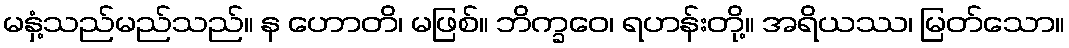
မနှံ့သည်မည်သည်။ န ဟောတိ၊ မဖြစ်။ ဘိက္ခဝေ၊ ရဟန်းတို့။ အရိယဿ၊ မြတ်သော။